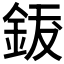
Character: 𨦐